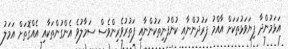
އަޅަމުންދާ ފިޔަވަޅުތަކަށް އާއްމު ފަރުދުންނާއި ކުންފުނިތަކުންނާއި ފަތުރުވެރިންވެސް ސަމާލުވެ އެންގުންތަކާއި އެއްގޮތަށް އަމަލު